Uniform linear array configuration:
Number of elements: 16
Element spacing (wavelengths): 1
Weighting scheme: hamming
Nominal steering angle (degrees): -60
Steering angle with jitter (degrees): -61.226
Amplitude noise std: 0.05
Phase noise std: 0.05

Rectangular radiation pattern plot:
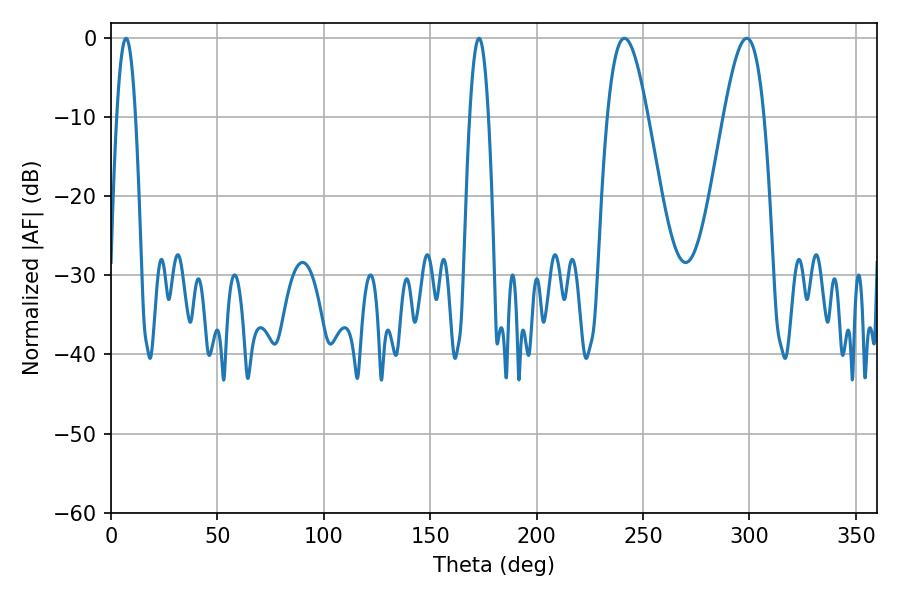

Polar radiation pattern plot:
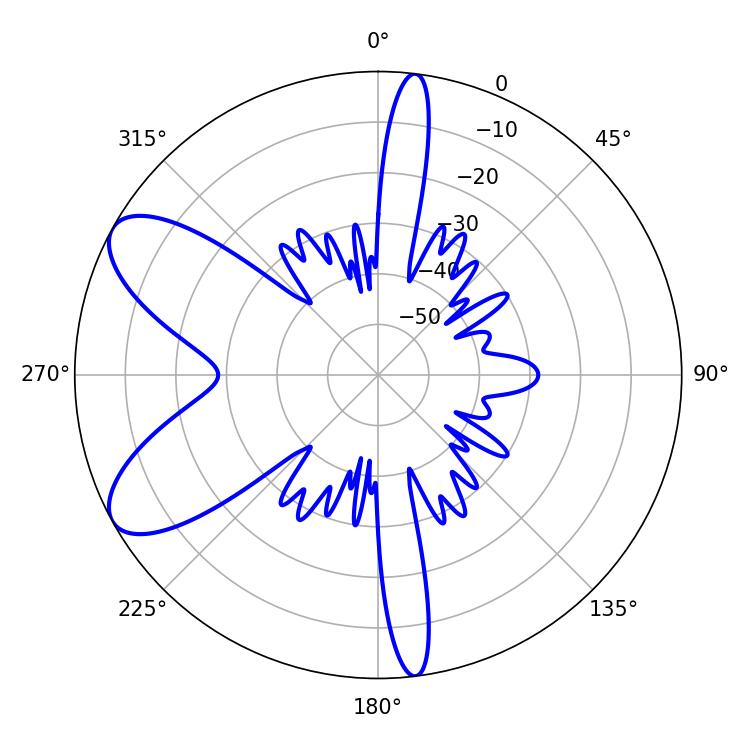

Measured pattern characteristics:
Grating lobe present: TRUE
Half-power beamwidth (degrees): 10.26
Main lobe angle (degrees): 241.2